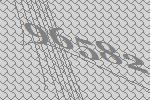
96582